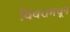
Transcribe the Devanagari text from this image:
विवरांमधून